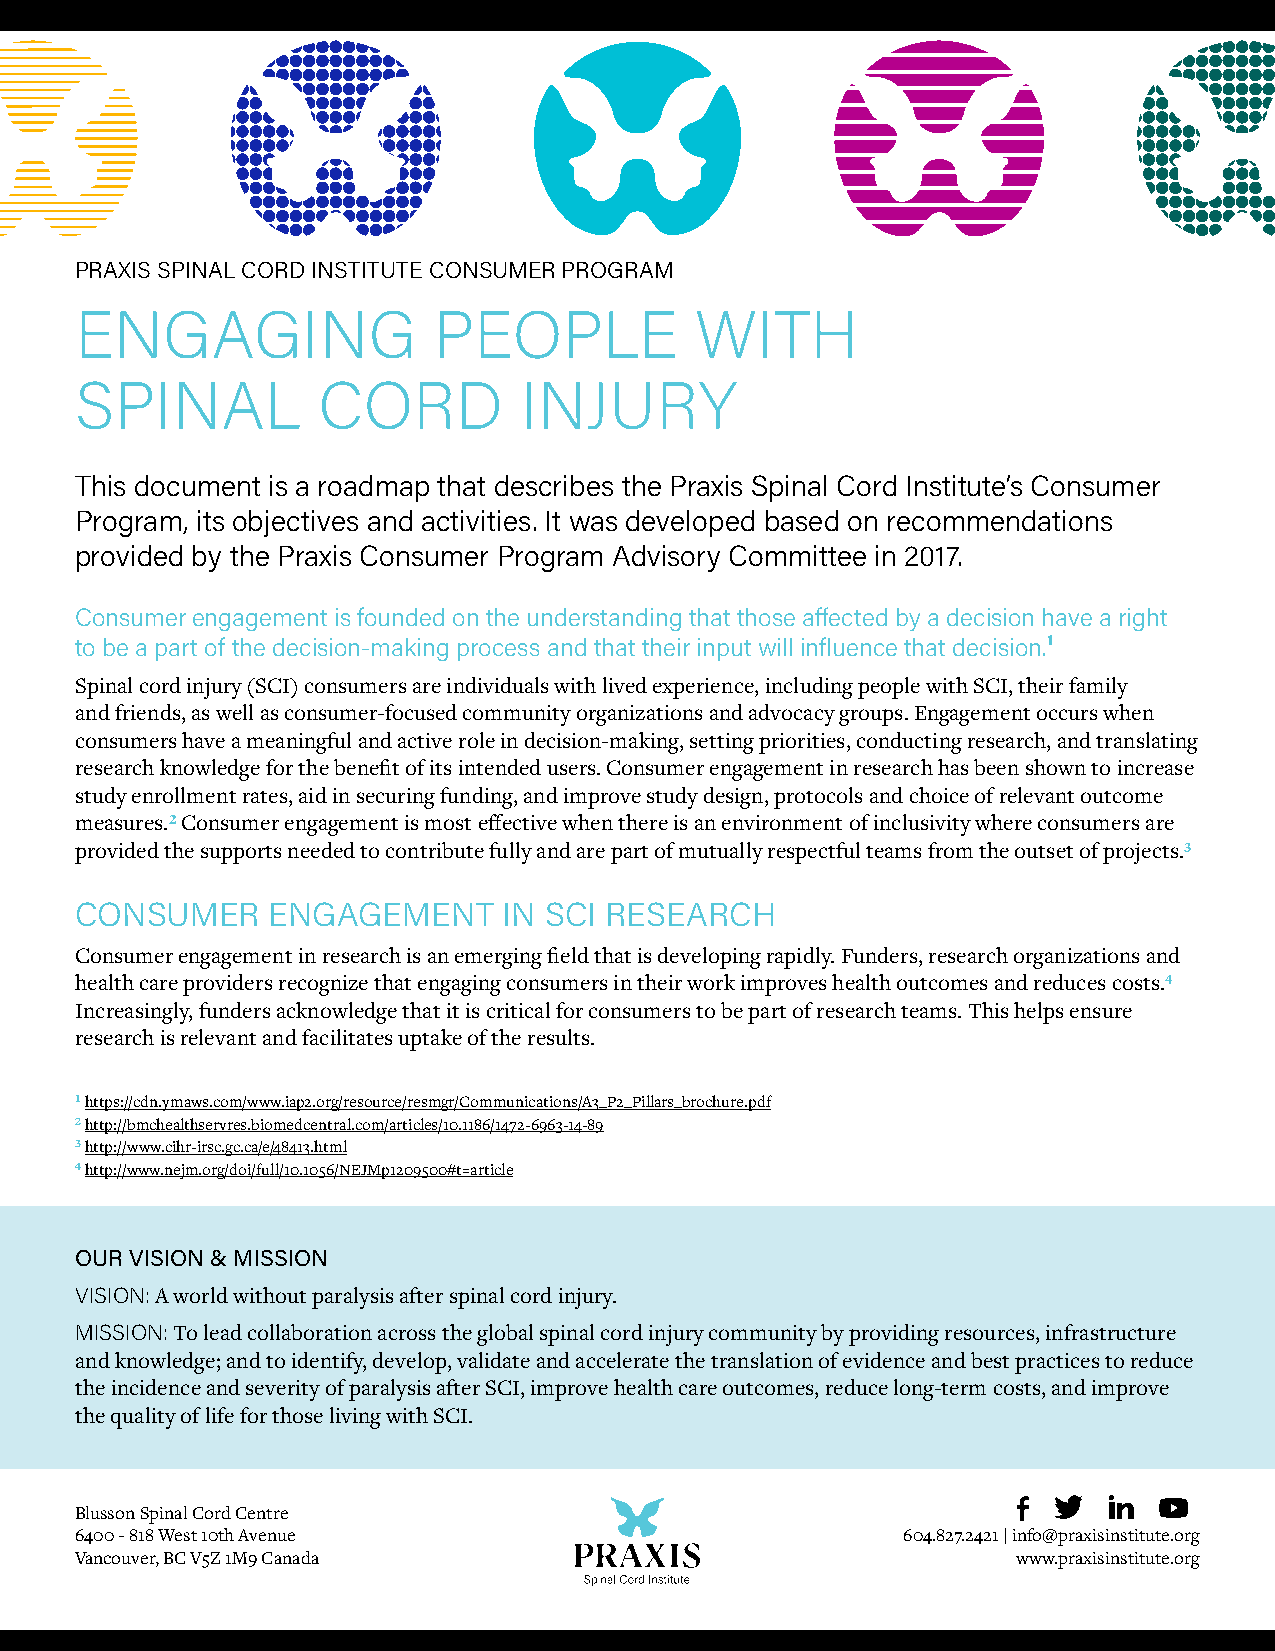
PRAXIS SPINAL CORD INSTITUTE CONSUMER PROGRAM
 ENGAGING                PEOPLE           WITH
 SPINAL          CORD         INJURY
 This document is a roadmap that describes the Praxis Spinal Cord Institute’s Consumer
 Program, its objectives and activities. It was developed based on recommendations
 provided by the Praxis Consumer Program Advisory Committee in 2017.
 Consumer engagement is founded on the understanding that those affected by a decision have a right
 to be a part of the decision-making process and that their input will influence that decision.¹
 Spinal cord injury (SCI) consumers are individuals with lived experience, including people with SCI, their family
 and friends, as well as consumer-focused community organizations and advocacy groups. Engagement occurs when
 consumers have a meaningful and active role in decision-making, setting priorities, conducting research, and translating
 research knowledge for the benefit of its intended users. Consumer engagement in research has been shown to increase
 study enrollment rates, aid in securing funding, and improve study design, protocols and choice of relevant outcome
 measures.² Consumer engagement is most effective when there is an environment of inclusivity where consumers are
 provided the supports needed to contribute fully and are part of mutually respectful teams from the outset of projects.³
 CONSUMER     ENGAGEMENT     IN SCI RESEARCH
 Consumer engagement in research is an emerging field that is developing rapidly. Funders, research organizations and
 health care providers recognize that engaging consumers in their work improves health outcomes and reduces costs.⁴
 Increasingly, funders acknowledge that it is critical for consumers to be part of research teams. This helps ensure
 research is relevant and facilitates uptake of the results.
 ¹ https://cdn.ymaws.com/www.iap2.org/resource/resmgr/Communications/A3_P2_Pillars_brochure.pdf
 ² http://bmchealthservres.biomedcentral.com/articles/10.1186/1472-6963-14-89
 ³ http://www.cihr-irsc.gc.ca/e/48413.html
 ⁴ http://www.nejm.org/doi/full/10.1056/NEJMp1209500#t=article
 OUR VISION & MISSION
 VISION: A world without paralysis after spinal cord injury.
 MISSION: To lead collaboration across the global spinal cord injury community by providing resources, infrastructure
 and knowledge; and to identify, develop, validate and accelerate the translation of evidence and best practices to reduce
 the incidence and severity of paralysis after SCI, improve health care outcomes, reduce long-term costs, and improve
 the quality of life for those living with SCI.
 Blusson Spinal Cord Centre
 6400 - 818 West 10th Avenue                            604.827.2421 | info@praxisinstitute.org
 Vancouver, BC V5Z 1M9 Canada                                  www.praxisinstitute.org